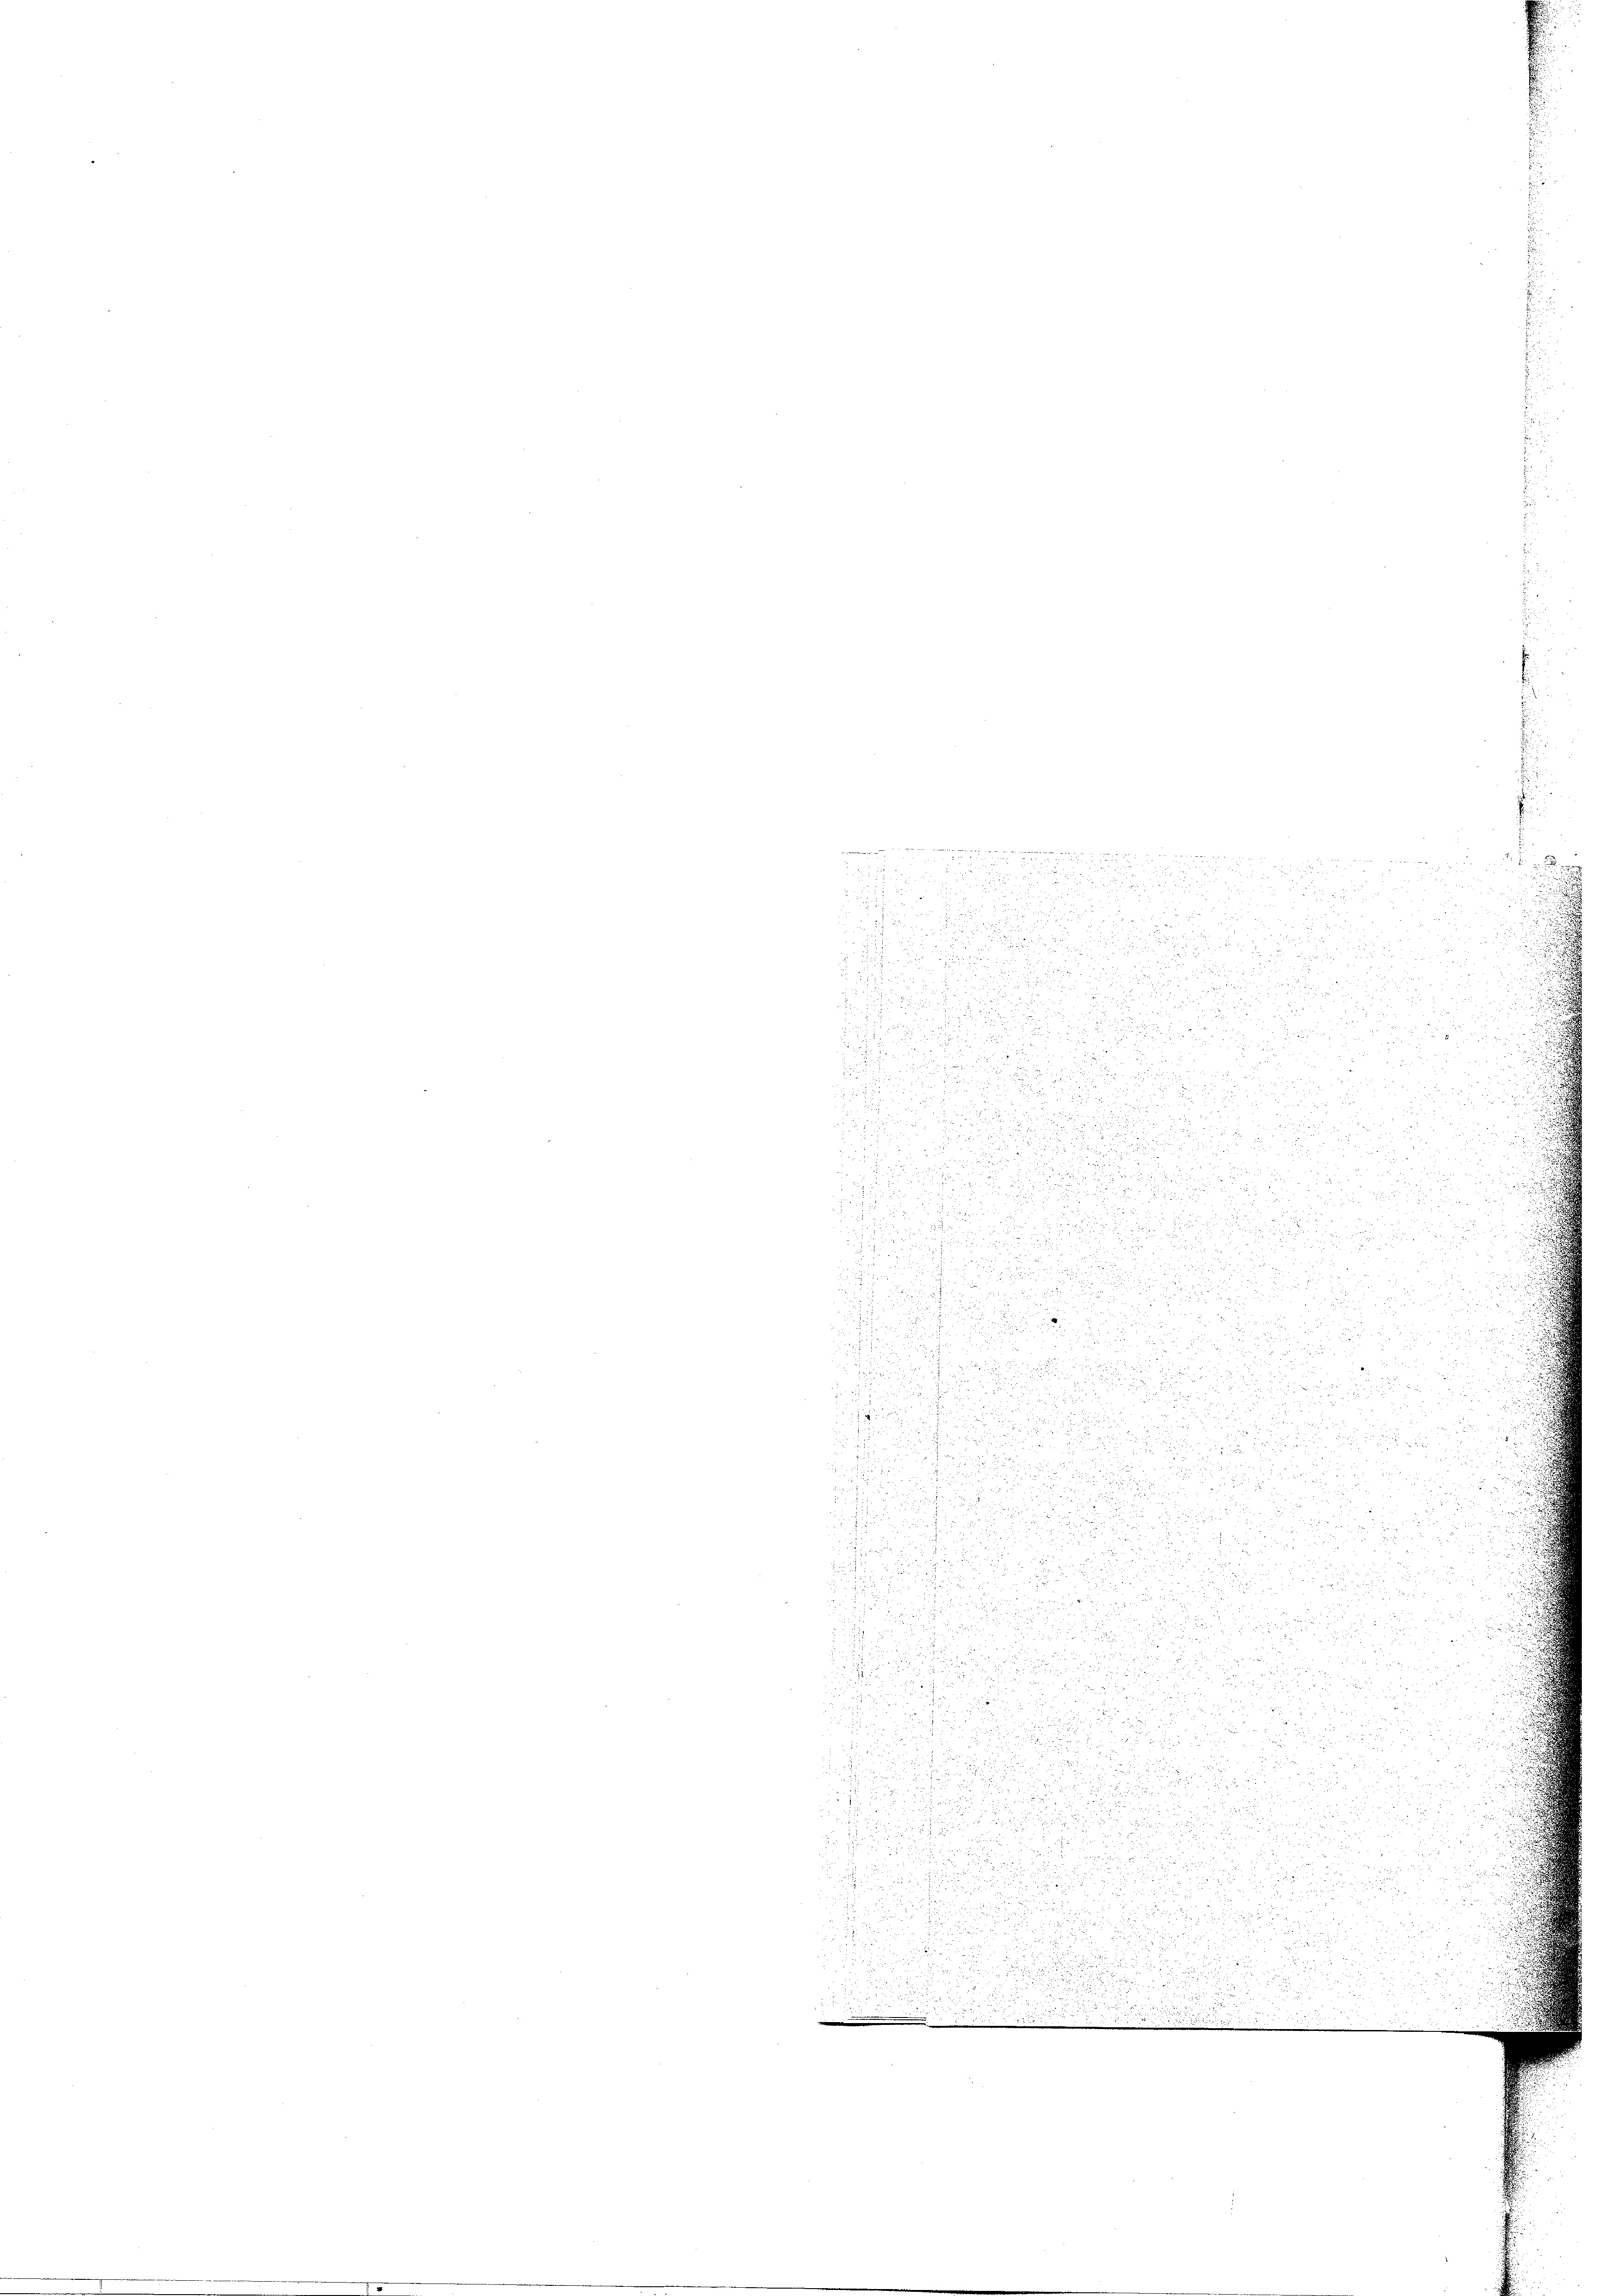
d

F
 1849
.
.

u
d

d

d

i

.

F
 58

.

.

d
1
u
,

d

r
5

2

 x
d
e

.

.
 E
n

.
 2

i

2
.

 xx

d

u
d

e

2

 xx

.

n

8

a

2

2
2

2
55
.
c
di
4

u
.
uche
e

2
.
5
u
.

2
u

e

e
2
2

d

de

51
u